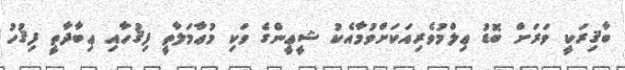
ބާޤިރަކީ ވަރަށް ބޮޑު ޢިލްމުވެރިއަކަށްވުމާއެކު ޝީޢީންގެ ވަކި މުޢާމަލާތީ ފިޤުހާއި ޢިބާދާތީ ފިޤުހު